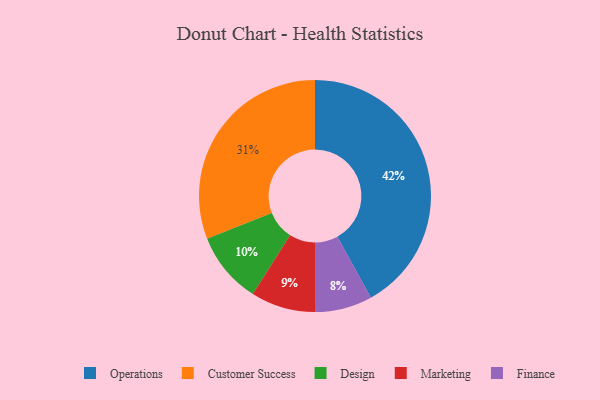
{"axis": {"x": "Category", "y": "Percentage"}, "legend": ["Customer Success", "Design", "Finance", "Marketing", "Operations"], "data": [{"x": "Marketing", "y": 9, "type": "Marketing"}, {"x": "Design", "y": 10, "type": "Design"}, {"x": "Customer Success", "y": 31, "type": "Customer Success"}, {"x": "Operations", "y": 42, "type": "Operations"}, {"x": "Finance", "y": 8, "type": "Finance"}]}